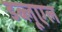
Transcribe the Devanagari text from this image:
डब्लूएल